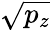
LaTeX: \sqrt{p_{z}}